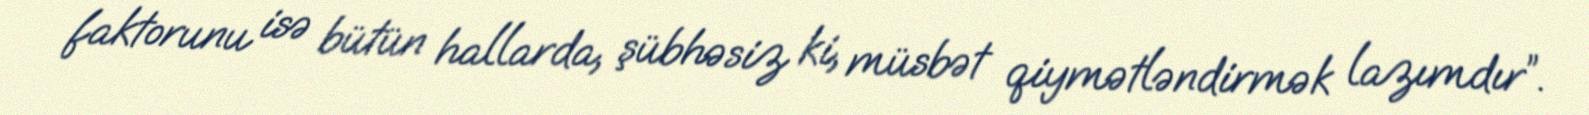
faktorunu isə bütün hallarda, şübhəsiz ki, müsbət qiymətləndirmək lazımdır”.